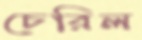
চেরিল